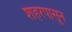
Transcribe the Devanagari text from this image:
शहरपासून